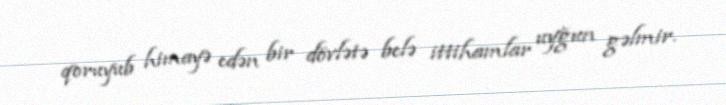
qoruyub himayə edən bir dövlətə belə ittihamlar uyğun gəlmir.